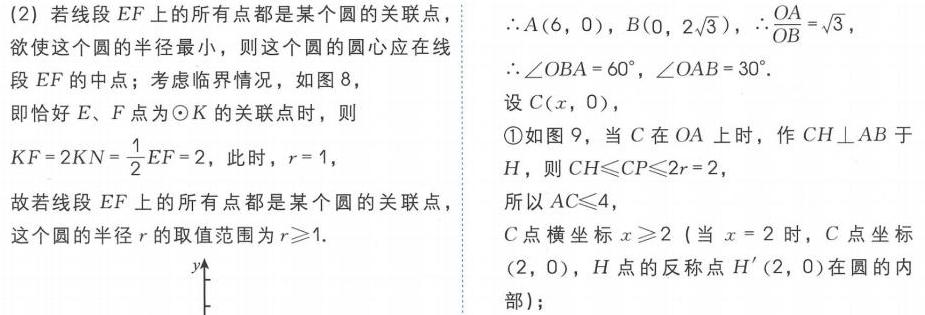
(2) 若线段\(EF\)上的所有点都是某个圆的关联点，
欲使这个圆的半径最小，则这个圆的圆心应在线
段\(EF\)的中点；考虑临界情况，如图8，
即恰好\(E、F\)点为\(\odot K\)的关联点时，则
\(KF = 2KN=\frac{1}{2}EF = 2\)，此时，\(r = 1\)，
故若线段\(EF\)上的所有点都是某个圆的关联点，
这个圆的半径\(r\)的取值范围为\(r\geqslant1\).
\(\therefore A(6,0)\)，\(B(0,2\sqrt{3})\)，\(\therefore\frac{OA}{OB}=\sqrt{3}\)，
\(\therefore\angle OBA = 60^{\circ}\)，\(\angle OAB = 30^{\circ}\).
设\(C(x,0)\)，
\textcircled{1}如图9，当\(C\)在\(OA\)上时，作\(CH\perp AB\)于
\(H\)，则\(CH\leqslant CP\leqslant2r = 2\)，
所以\(AC\leqslant4\)，
\(C\)点横坐标\(x\geqslant2\)（当\(x = 2\)时，\(C\)点坐标
\((2,0)\)，\(H\)点的反称点\(H'(2,0)\)在圆的内
部）；